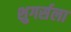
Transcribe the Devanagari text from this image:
शुगर्सला